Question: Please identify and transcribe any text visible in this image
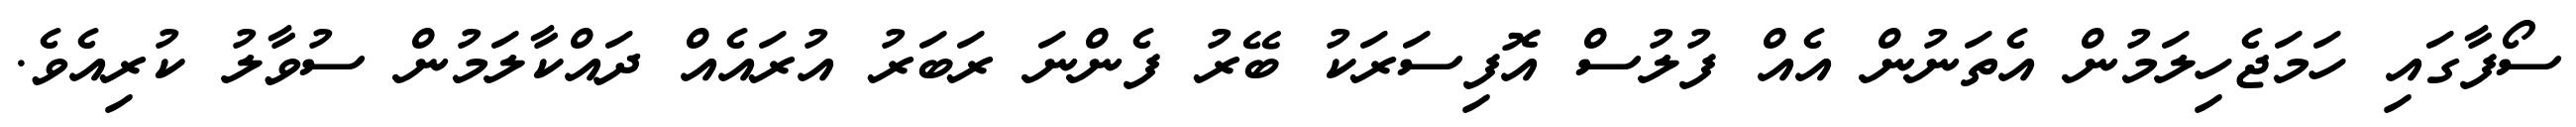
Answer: ސޯފާގައި ހަމަޖެހިލަމުން އެތަނުން އެއް ފުލުސް އޮފިސަރަކު ބޭރު ފެންނަ ރަބަރު އުރައެއް ދައްކާލަމުން ސުވާލު ކުރިއެވެ.